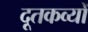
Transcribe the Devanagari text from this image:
दूतकव्यों